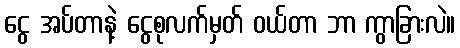
ငွေ အပ်တာနဲ့ ငွေစုလက်မှတ် ဝယ်တာ ဘာ ကွာခြားလဲ။